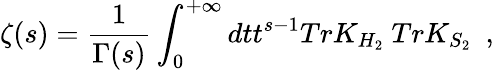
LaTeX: \zeta(s)={\frac{1}{\Gamma(s)}}\int_{0}^{+\infty}dtt^{s-1}TrK_{H_{2}}~TrK_{S_{2}}~~,